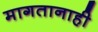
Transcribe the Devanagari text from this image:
मागतानाही